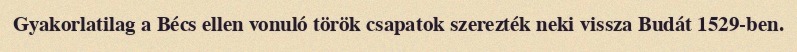
Gyakorlatilag a Bécs ellen vonuló török csapatok szerezték neki vissza Budát 1529-ben.